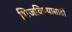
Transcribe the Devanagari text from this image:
भिजविण्यासाठी